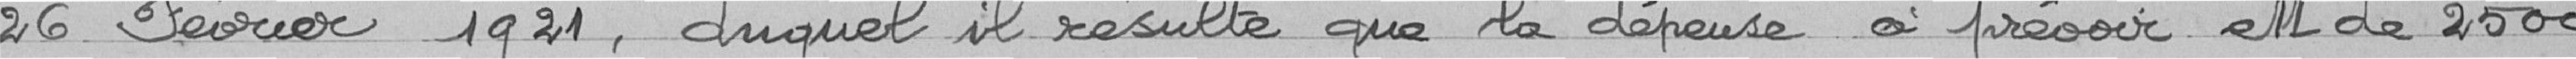
26 février 1921, duquel il résulte que la dépense à prévoir est de 2000